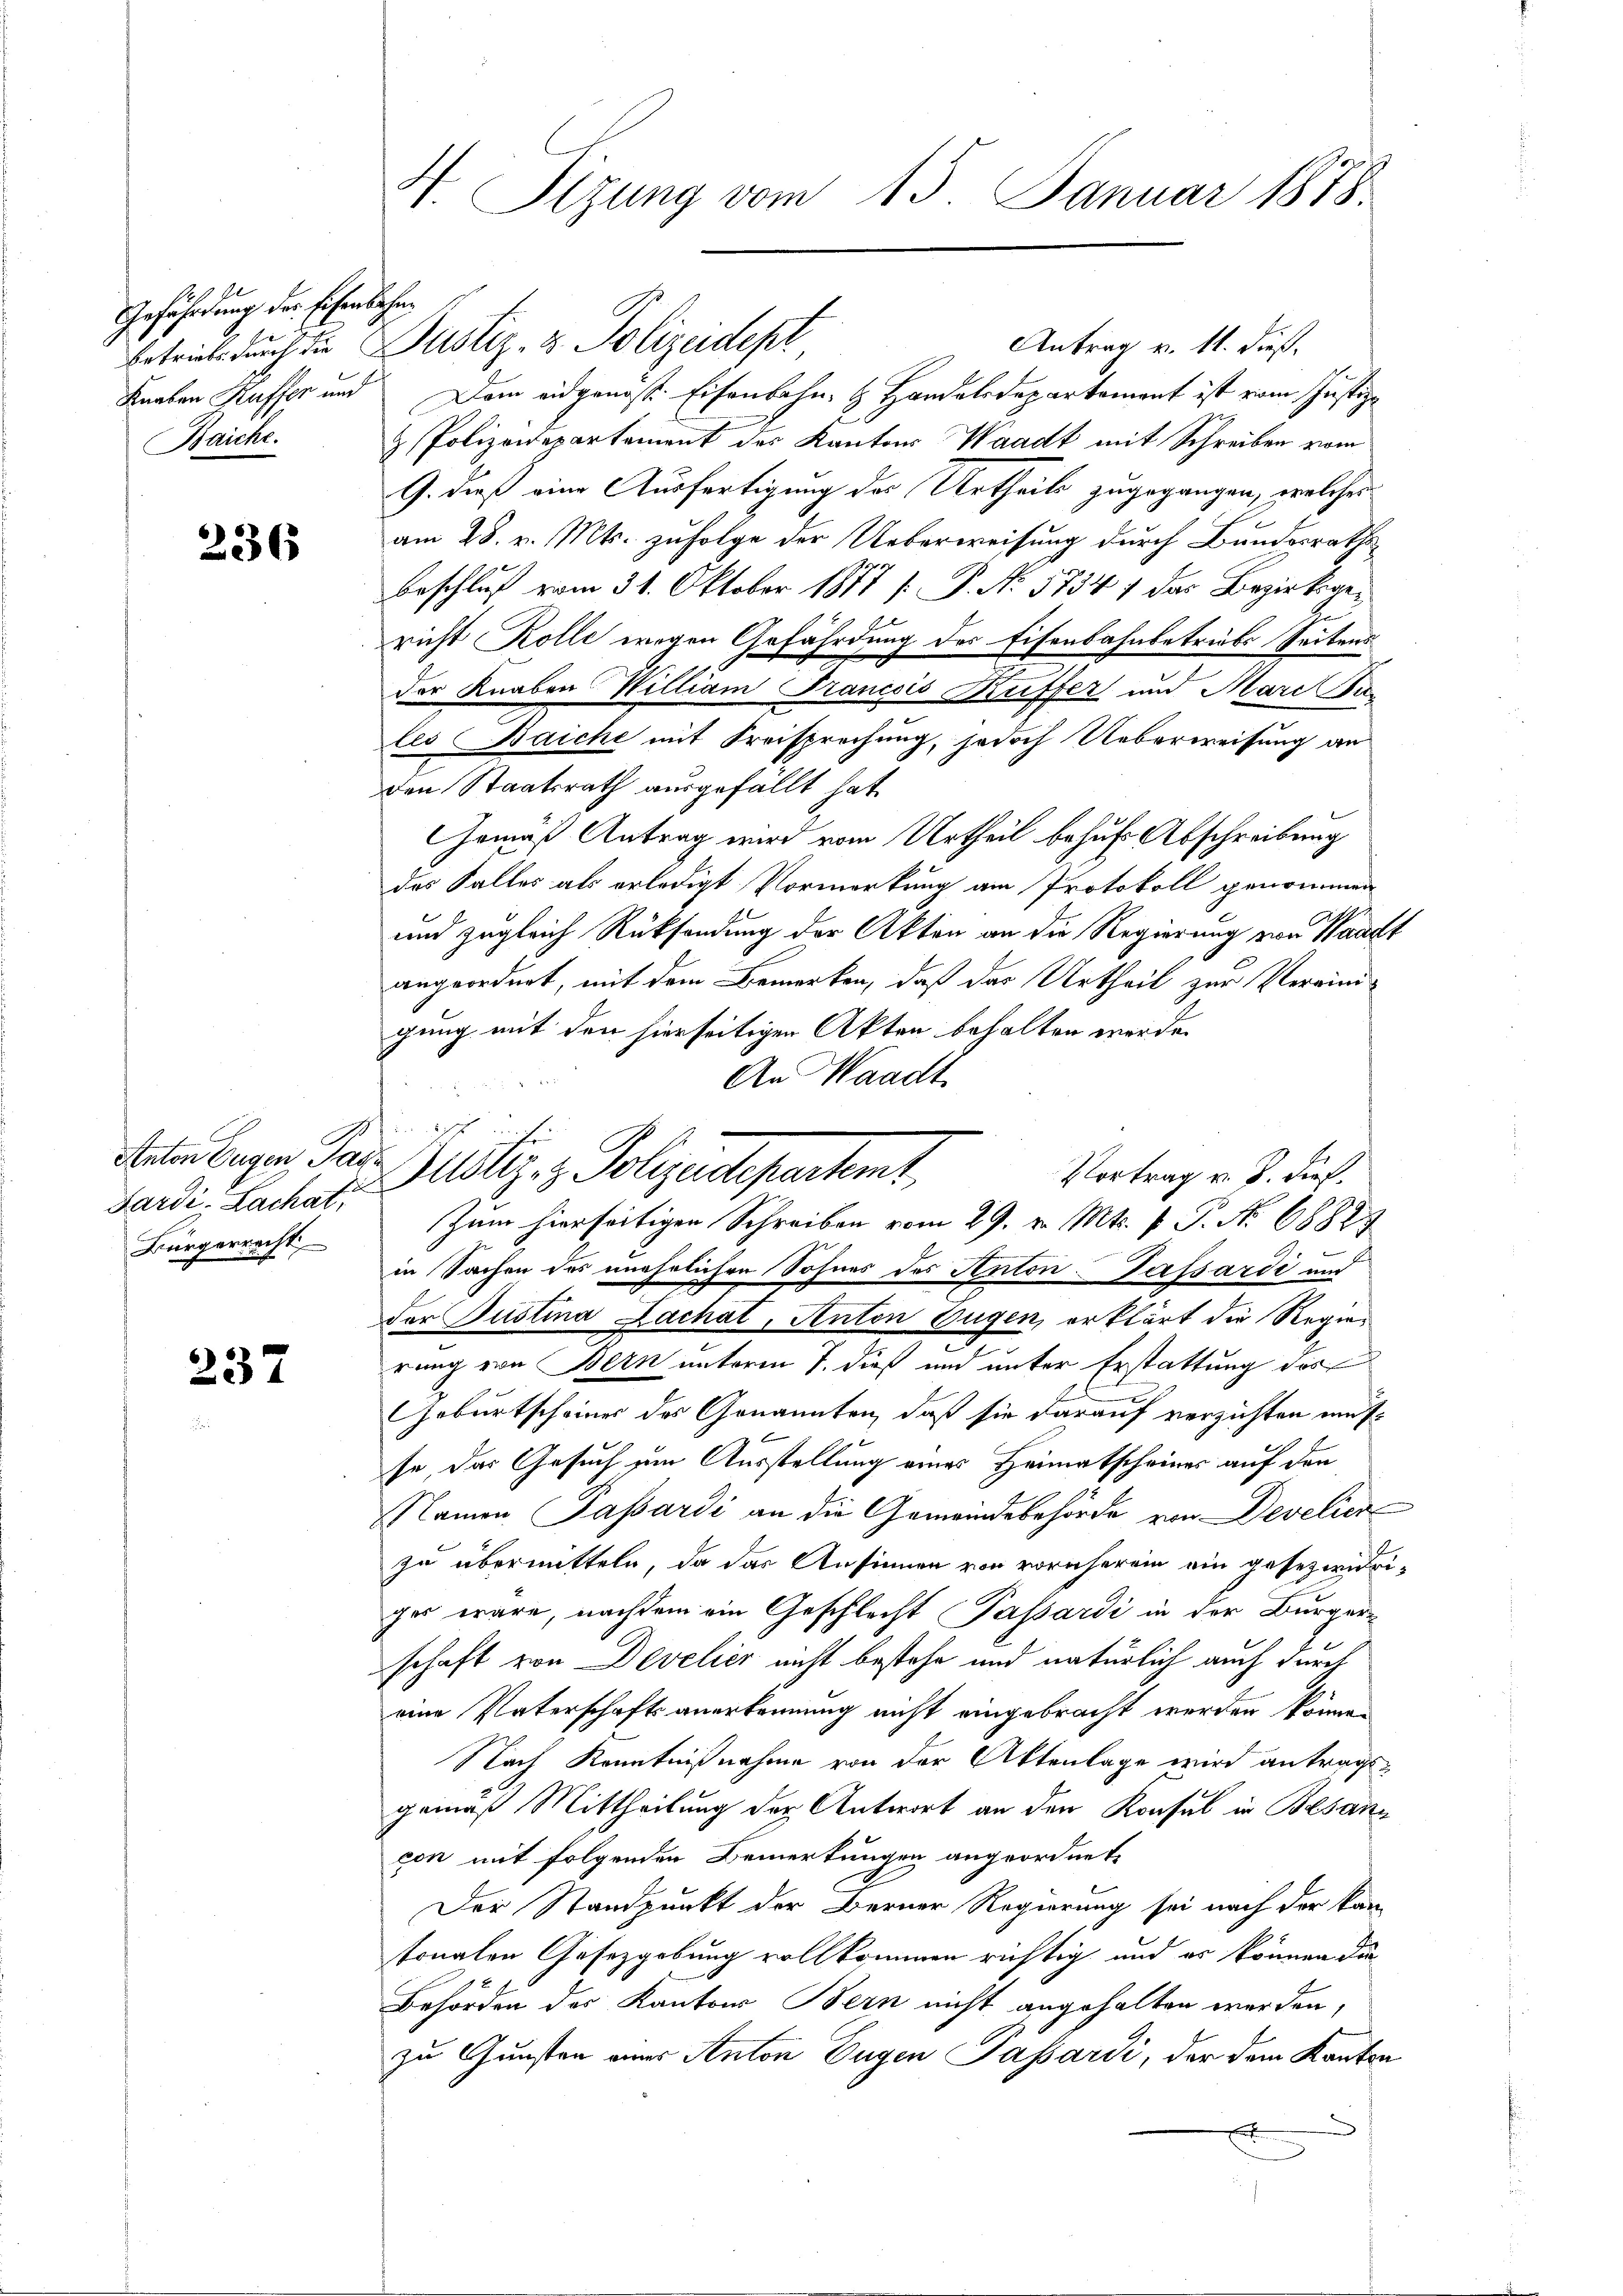
Gefährdung der Eisenbahn¬
Knaben Kuffen und
Baiche.

236

Anton Eugen Ja
Sard.-Lachat,
Bürgerrecht

237

V. Sitzung vom 15. Januar 1878.

Bustiz- & Polyedepartet.
Zum hierseitigen Schreiben vom 29. v. Mts. 1 P. Nr. 68829

Antrag v. 11. dieß.
betriebe durch die Justiz- & Polizeidept
Dem eidgenoss. Eisenbahn- & Handelsdepartement ist vom Justiz-
& Polizeidepartement des Kantons Waadt mit Schreiben vom
G. dieß eine Ausfertigung des Urtheils zugegangen, welches
am 28. v. Mts. zufolge der Ueberweisung durch Bundesraths¬
Beschluß vom 31. Oktober 1877 [ P. No 5734 1 das Bezirksgericht Kolle wegen Gefährdung des Eisenbahnbetriebs Seitens
der Knaben William Francsis Kuffer und Marc Hales Baiche mit Kreisprechung, jedoch Ueberweisung an
den Staatsrath ausgefällt hat
Gemäß Antrag wird vom Urtheil behufs Abschreibung
des Falles als erledigt Vormerkung am Protokoll genommen
und zugleich Rücksendung der Akten an die Regierung von Waadt
angeordnet, mit dem Bemerken, daß das Urtheil zur Vereinigung mit den hierseitigen Akten behalten werde.
An Waadt
Vortrag v. J. dief.
in Sachen des unehrlichen Sohnes des Anton-Passardi und
der Justina Zachat, Anton Eugen, erklärt die Regierung von Bern unterm 7. dieß und unter Erstattung des
Geburtscheiner des Genannten, daß sie darauf verzichten müsse, das Gesuch um Ausstellung eines Heimatscheines auf den
Namen Passardi an die Gemeindebehörde von Develien
zu übermitteln, da das Ansinnen von vornherein ein gesetzwidrigas wäre, nachdem ein Geschlecht Passardi in der Bürgerschaft von Develier nicht bestehe und natürlich auch durch
eine Vaterschaftsanerkennung nicht eingebracht werden könne.
Nach Kenntnißnahme von der Aktenlage wird antragsgemäß Mittheilung der Antwort an den Konsul in Besan
con mit folgenden Bemerkungen angeordnete
e
Der Standpunkt der Berner Regierung sei nach der kan-
sonalen Gesetzgebung vollkommen richtig, und er können die
Behörden des Kantons Bern nicht angehalten werden,
zu Gunsten eines Anton Eugen Passardi, der dem Kanton